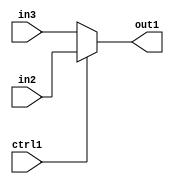
`timescale 1ps / 1ps
/*****************************************************************************
    Verilog RTL Description
    
    
    Created by: Stratus DpOpt 2019.1.01 
*******************************************************************************/

module in_buff_N_Mux_3_2_20_4_1 (
	in3,
	in2,
	ctrl1,
	out1
	); /* architecture "behavioural" */ 
input [2:0] in3,
	in2;
input  ctrl1;
output [2:0] out1;
wire [2:0] asc001;

reg [2:0] asc001_tmp_0;
assign asc001 = asc001_tmp_0;
always @ (ctrl1 or in2 or in3) begin
	case (ctrl1)
		1'B1 : asc001_tmp_0 = in2 ;
		default : asc001_tmp_0 = in3 ;
	endcase
end

assign out1 = asc001;
endmodule

/* CADENCE  uLb4Sgg= : u9/ySgnWtBlWxVPRXgAZ4Og= ** DO NOT EDIT THIS LINE ******/